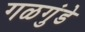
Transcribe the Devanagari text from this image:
गळगुंडे